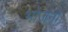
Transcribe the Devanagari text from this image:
भोजनो